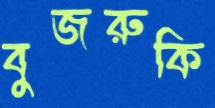
বুজরুকি